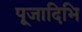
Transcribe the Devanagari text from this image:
पूजादिभि